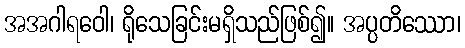
အအဂါရဝေါ၊ ရိုသေခြင်းမရှိသည်ဖြစ်၍။ အပ္ပတိဿော၊